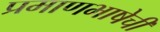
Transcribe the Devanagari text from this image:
प्रमाणभाषेची